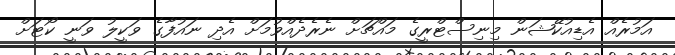
އަމުރެއް އެޑިއުކޭޝަން މިނިސްޓްރީގެ މައްޗަށް ނެރެދެއްވުމަށް އެދި ނައުފާގެ ވަކީލު ވަނީ ކޯޓަށް